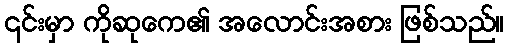
၎င်းမှာ ကိုဆုကေ၏ အလောင်းအစား ဖြစ်သည်။